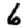
Digit: 6